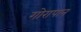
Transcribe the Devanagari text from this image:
गोरापान